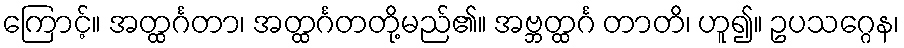
ကြောင့်။ အတ္ထင်္ဂတာ၊ အတ္ထင်္ဂတတို့မည်၏။ အဗ္ဘတ္ထင်္ဂ တာတိ၊ ဟူ၍။ ဥပသဂ္ဂေန၊